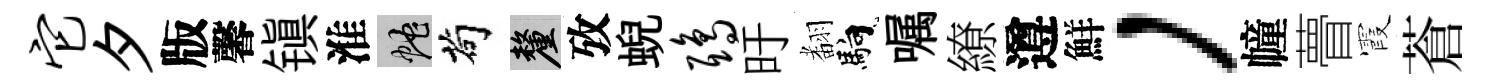
它夕版馨镇淮蛇茍厘攷蜺鸱旴𮋒馿嘱繚遵鮮，幢瞢霞蒼